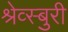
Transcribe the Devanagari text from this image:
श्रेव्स्बुरी